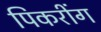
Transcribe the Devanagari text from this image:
पिकरींग